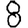
Digit: 8